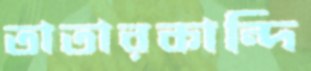
তাতারকান্দি